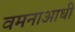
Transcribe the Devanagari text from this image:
वमनाआधी